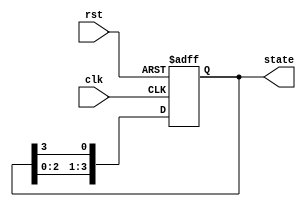
module ring_counter (
    input wire clk,          // Clock input
    input wire rst,          // Asynchronous reset input
    output reg [3:0] state   // 4-bit output representing the state
);
    
    // Sequential logic for the ring counter
    always @(posedge clk or posedge rst) begin
        if (rst) begin
            // Asynchronous reset: Initialize the state to 0001
            state <= 4'b0001;
        end else begin
            // Shift the '1' to the next position
            state <= {state[2:0], state[3]}; // Shift left and wrap-around
        end
    end

endmodule